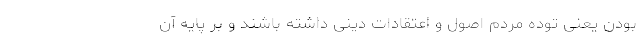
بودن یعنی توده مردم اصول و اعتقادات دینی داشته باشند و بر پایه آن